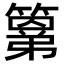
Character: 𮆍